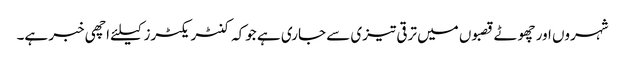
شہروں اور چھوٹے قصبوں میں ترقی تیزی سے جاری ہے جوکہ کنٹریکٹرز کیلئے اچھی خبر ہے۔